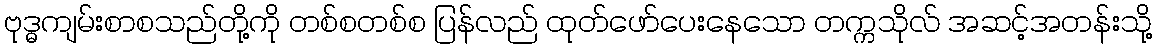
ဗုဒ္ဓကျမ်းစာစသည်တို့ကို တစ်စတစ်စ ပြန်လည် ထုတ်ဖော်ပေးနေသော တက္ကသိုလ် အဆင့်အတန်းသို့